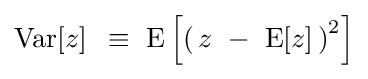
{\rm {Var}}[z]\,\,\,\equiv \,\,{\rm {E}}\left[{\left({\,z\,\,-\,\,{\rm {E}}[z]\,}\right)^{2}}\right]